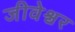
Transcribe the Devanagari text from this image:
जीवेश्वर